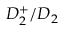
D _ { 2 } ^ { + } / D _ { 2 }